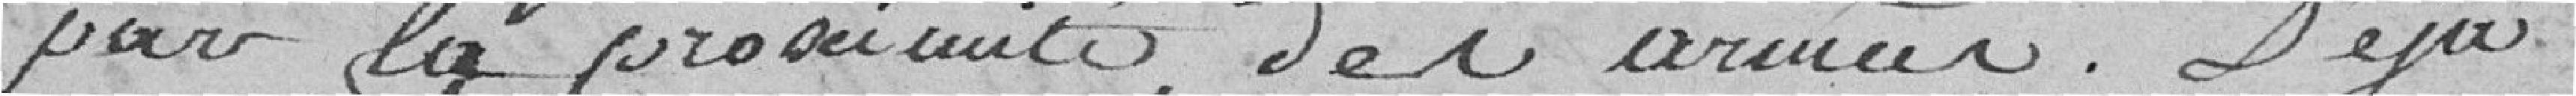
par la proximité des armées. Déjà